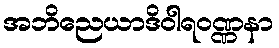
အဘိညေယာဒိဝါရဝဏ္ဏနာ